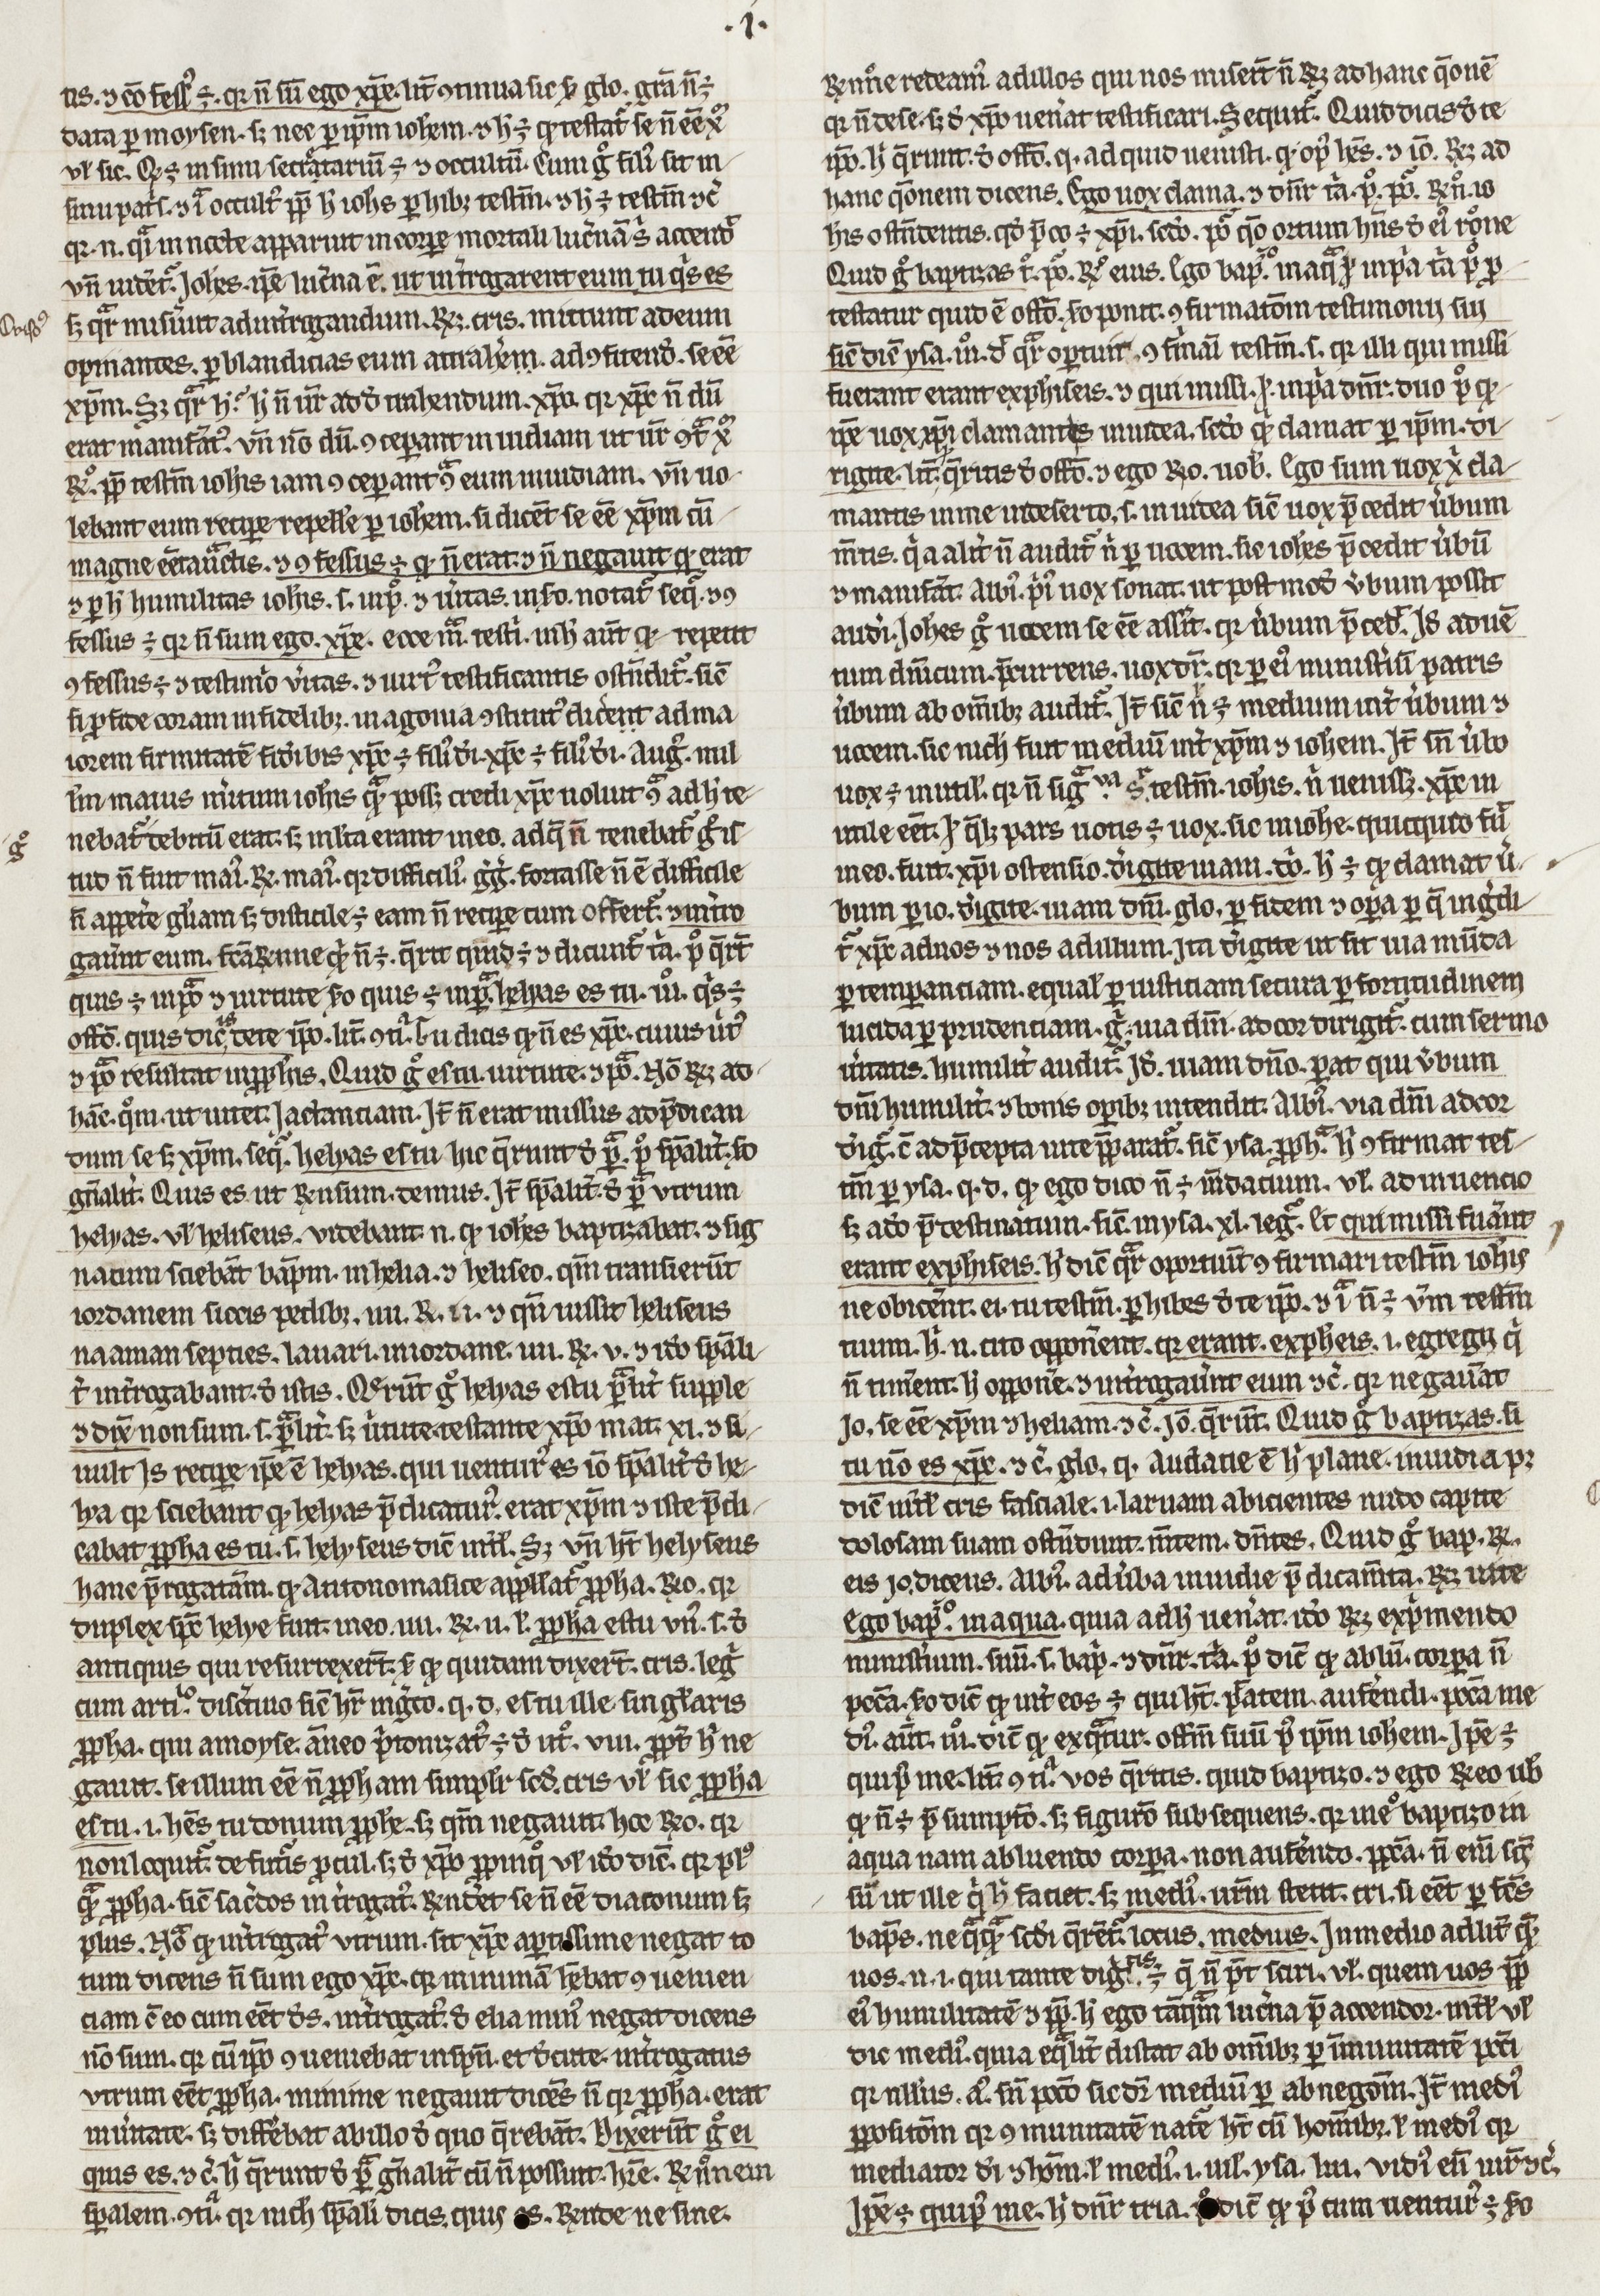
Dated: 1400–1430